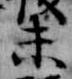
未